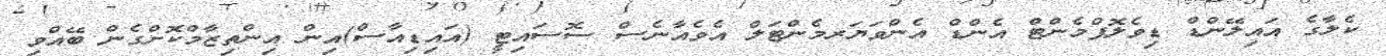
ކެލާގެ އައިލޭންޑް ޑިވެލޮޕްމެންޓް އެންޑް އެންވަޔަރމެންޓަލް އެވެއާނެސް ސޮސައިޓީ (އައިޑިއާސް)އިން އިންތިޒާމްކޮށްގެން ބޭއްވި